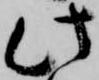
此